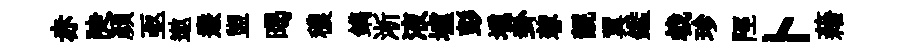
赤陡颜亟遨燾盥暍穠鐫淅液壚彭壎卦蓉靚翼鑑㦸珍陘卜藉